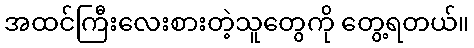
အထင်ကြီးလေးစားတဲ့သူတွေကို တွေ့ရတယ်။